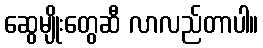
ဆွေမျိုးတွေဆီ လာလည်တာပါ။